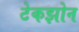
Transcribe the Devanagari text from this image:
टेकझोन